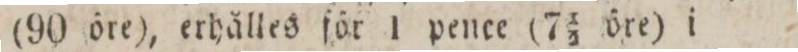
(90 öre), erhålles för 1 pence (7 1/2 öre) i